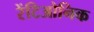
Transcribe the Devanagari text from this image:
रेंटिओनिक